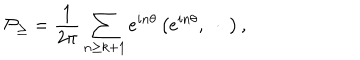
{ \cal P } _ { \geq } = \frac 1 { 2 \pi } \sum _ { n \geq k + 1 } e ^ { i n \theta } \left( e ^ { i n \theta } , \ \cdot \ \right) ,